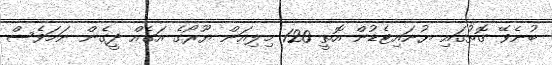
ބުނެވޭ ގޮތުގައި ޔުނައިޓެޑުން އޮތީ 120 މިލިއަން ޔޫރޯގެ އަގެއް ދީގެން ނަމަވެސް